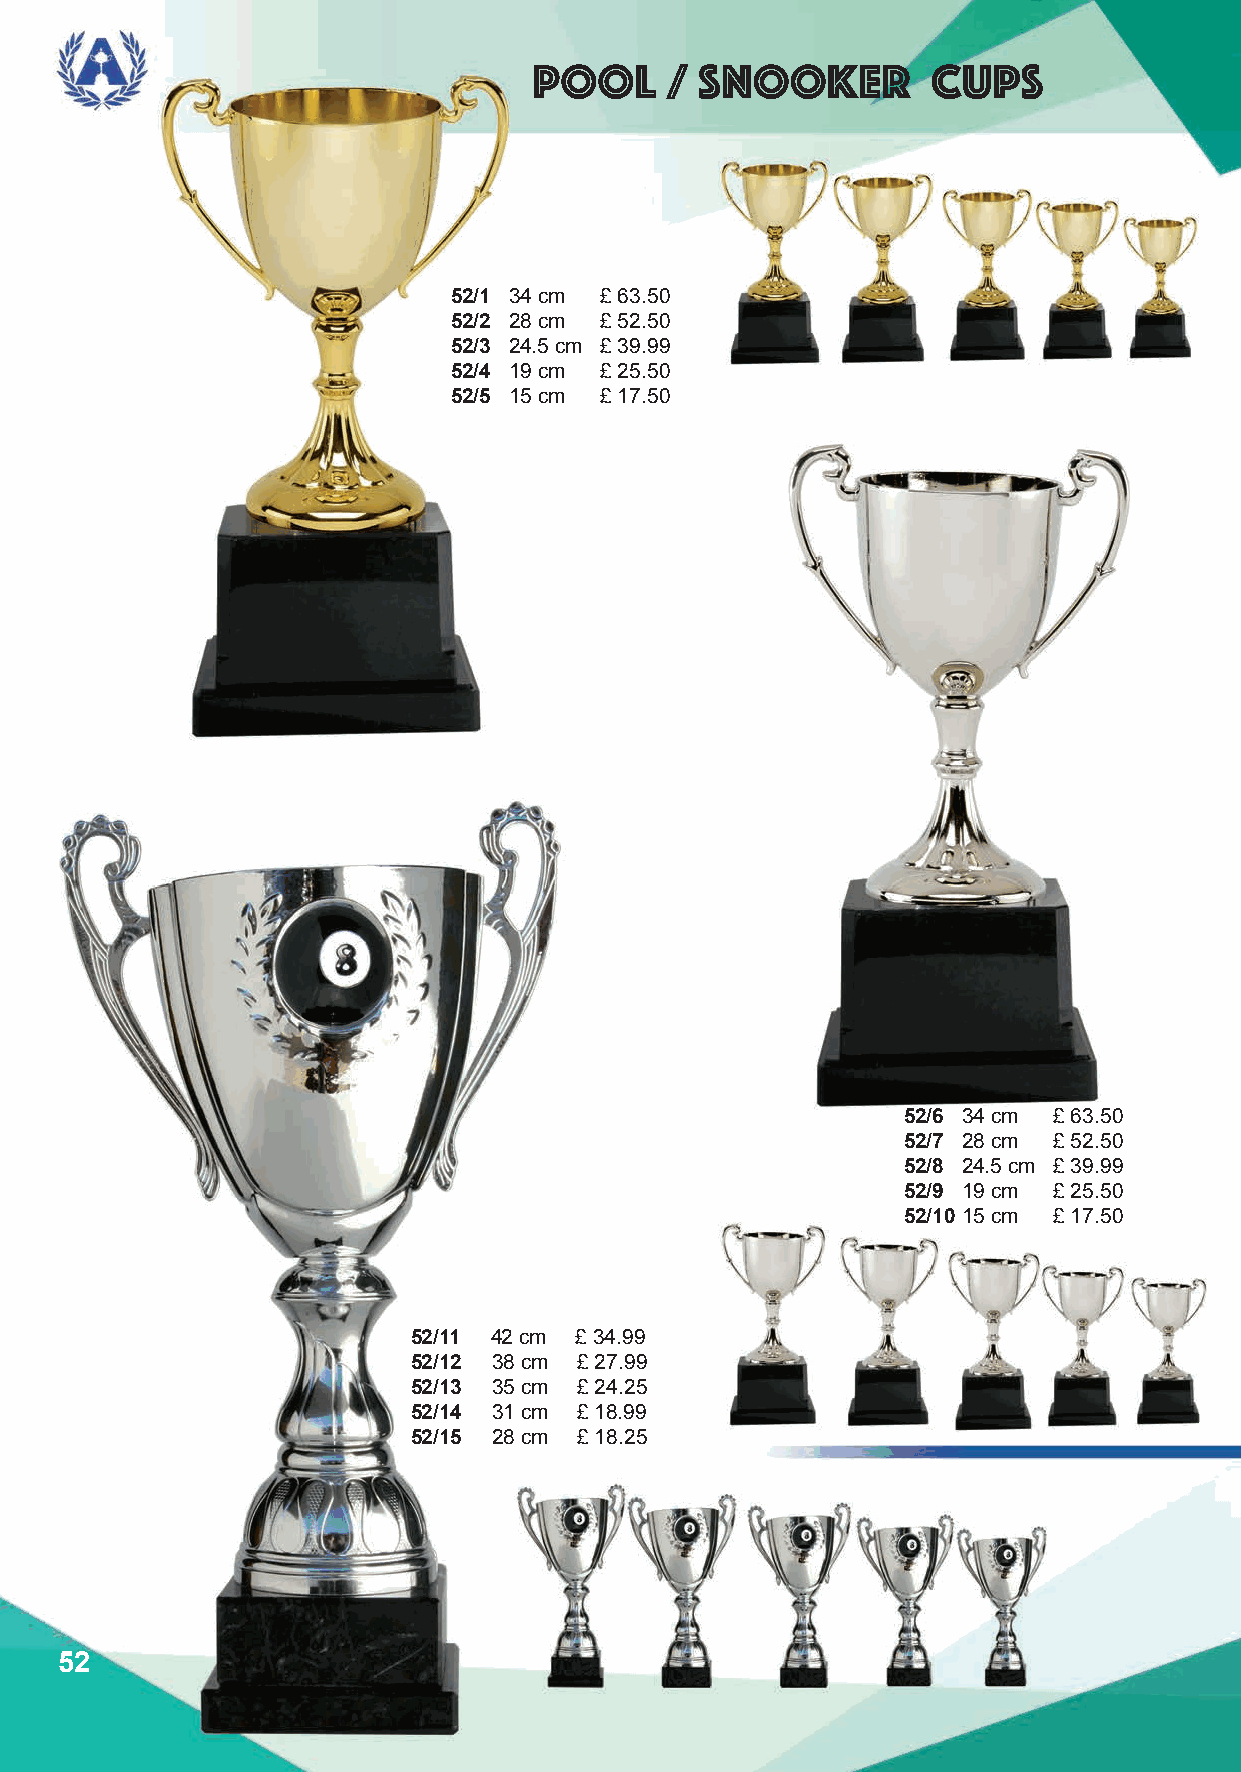
pool     / snooker         cups
 52/1 34 cm £ 63.50
 52/2 28 cm £ 52.50
 52/3 24.5 cm £ 39.99
 52/4 19 cm £ 25.50
 52/5 15 cm £ 17.50
 52/6 34 cm £ 63.50
 52/7 28 cm £ 52.50
 52/8 24.5 cm £ 39.99
 52/9 19 cm £ 25.50
 52/10 15 cm £ 17.50
 52/11 42 cm £ 34.99
 52/12 38 cm £ 27.99
 52/13 35 cm £ 24.25
 52/14 31 cm £ 18.99
 52/15 28 cm £ 18.25
 52